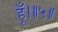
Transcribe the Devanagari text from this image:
हूँ।॥५॥